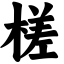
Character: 槎